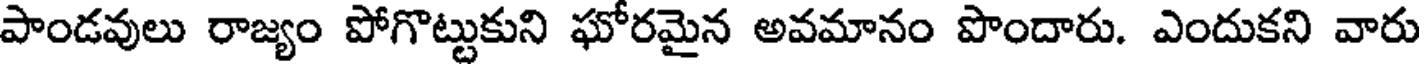
పాండవులు రాజ్యం పోగొట్టుకుని ఘోరమైన అవమానం పొందారు. ఎందుకని వారు